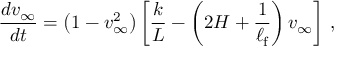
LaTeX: \frac { d v _ { \infty } } { d t } = \left( 1 - { v _ { \infty } ^ { 2 } } \right) \left[ \frac { k } { L } - \left( 2 H + { \frac { 1 } { \ell _ { \mathrm { f } } } } \right) v _ { \infty } \right] \, ,